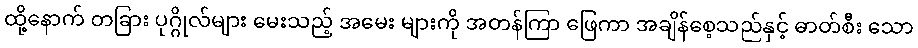
ထို့နောက် တခြား ပုဂ္ဂိုလ်များ မေးသည့် အမေး များကို အတန်ကြာ ဖြေကာ အချိန်စေ့သည်နှင့် ဓာတ်စီး သော